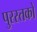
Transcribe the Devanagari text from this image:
पुरस्तकों